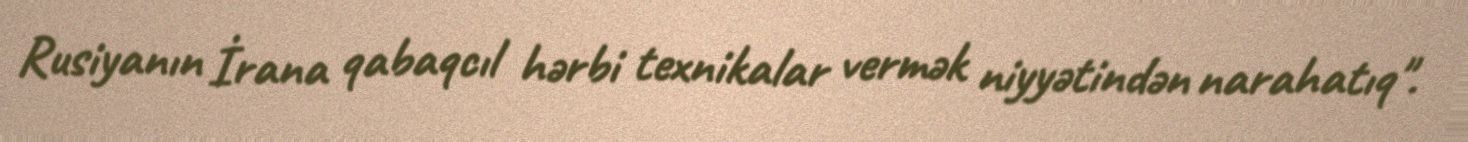
Rusiyanın İrana qabaqcıl hərbi texnikalar vermək niyyətindən narahatıq".